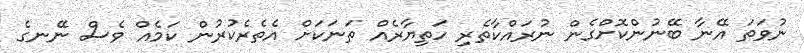
ނުވަތަ އޭނާ ބޭނުންކޮށްގެން ނުރައްކާތެރި ހަތިޔާރެއް ތަނަކަށް އެތެރެކުރުން ކަމެއް ވެސް ނޭނގެ